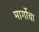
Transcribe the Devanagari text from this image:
मार्गोचा